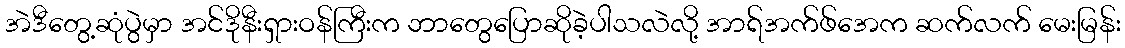
အဲဒီတွေ့ဆုံပွဲမှာ အင်ဒိုနီးရှားဝန်ကြီးက ဘာတွေပြောဆိုခဲ့ပါသလဲလို့ အာရ်အက်ဖ်အေက ဆက်လက် မေးမြန်း